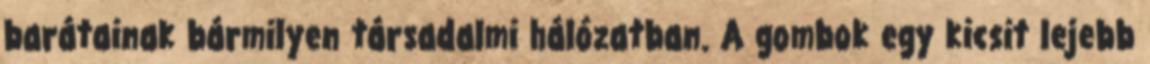
barátainak bármilyen társadalmi hálózatban. A gombok egy kicsit lejebb